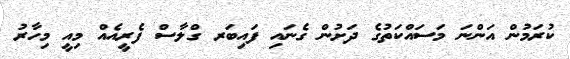
ކުރަމުން އަންނަ މަސައްކަތުގެ ދަށުން ގެނައި ފައިބަރ ގްލާސް ފެރީއެއް މިއީ މިހާރު